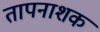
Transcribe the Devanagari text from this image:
तापनाशक